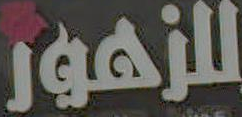
للزهور